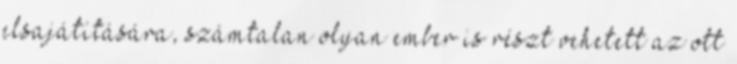
elsajátítására, számtalan olyan ember is részt vehetett az ott